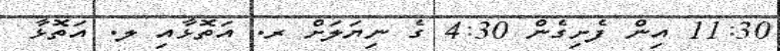
11:30 އިން ފެށިގެން 4:30 ގެ ނިޔަލަށް ރ. އަތޮޅާއި ލ. އަތޮޅާ